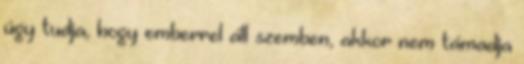
úgy tudja, hogy emberrel áll szemben, akkor nem támadja